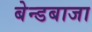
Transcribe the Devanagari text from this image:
बेन्डबाजा